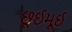
છૂઈમૂઈ